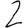
Digit: 2